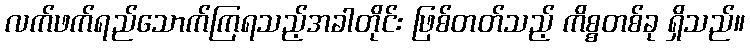
လက်ဖက်ရည်သောက်ကြရသည့်အခါတိုင်း ဖြစ်တတ်သည့် ကိစ္စတစ်ခု ရှိသည်။